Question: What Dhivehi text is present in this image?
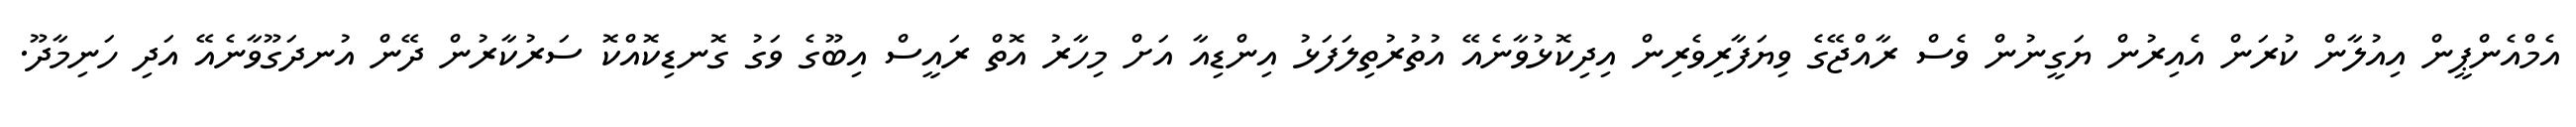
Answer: އެމްއެންޕީން އިއުލާން ކުރަން އެއިރުން ޔަގީނުން ވެސް ރާއްޖޭގެ ވިޔަފާރިވެރިން އިދިކޮޅުވާނެއޭ އުތުރުތިލަފަޅު އިންޑިއާ އަށް މިހާރު އޮތް ރައީސް އިބޫގެ ވަގު ގޮނޑިކޮއްކޮ ސަރުކާރުން ދޭން އުނދަގޫވާނެއޭ އަދި ހަނިމާދޫ.